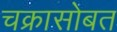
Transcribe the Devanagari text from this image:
चक्रासोबत